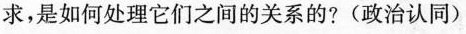
求，是如何处理它们之间的关系的?(政治认同)